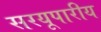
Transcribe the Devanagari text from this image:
सरयूपारीय